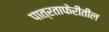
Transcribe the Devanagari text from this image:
पात्रताफेरीतील